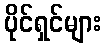
ပိုင်ရှင်များ